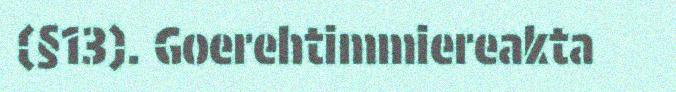
(§13). Goerehtimmiereakta